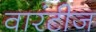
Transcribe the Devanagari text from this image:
वारंटीज